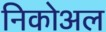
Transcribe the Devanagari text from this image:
निकोअल